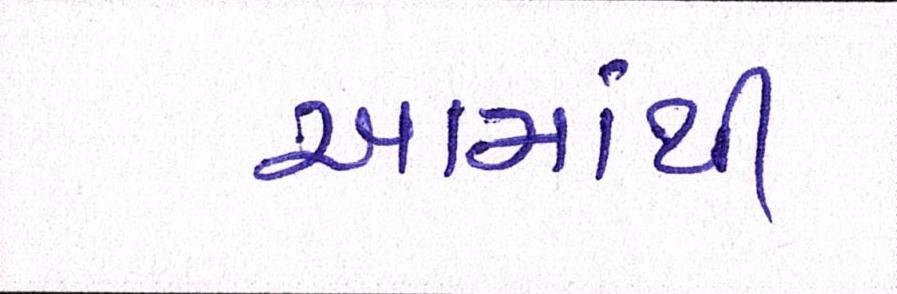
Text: આમાંથી